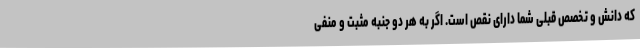
که دانش و تخصص قبلی شما دارای نقص است. اگر به هر دو جنبه مثبت و منفی